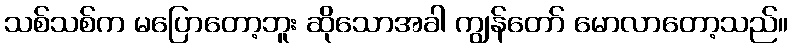
သစ်သစ်က မပြောတော့ဘူး ဆိုသောအခါ ကျွန်တော် မောလာတော့သည်။